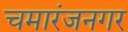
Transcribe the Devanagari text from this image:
चमारंजनगर